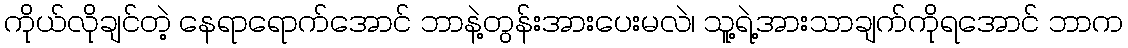
ကိုယ်လိုချင်တဲ့ နေရာရောက်အောင် ဘာနဲ့တွန်းအားပေးမလဲ၊ သူ့ရဲ့အားသာချက်ကိုရအောင် ဘာက